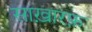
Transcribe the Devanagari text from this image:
साख़ारफ़